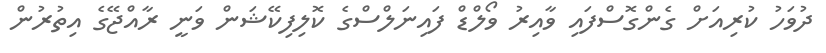
ދުވަހު ކުރިއަށް ގެންގޮސްފައި ވާއިރު ވޯލްޑް ފައިނަލްސްގެ ކޮލިފިކޭޝަން ވަނީ ރާއްޖޭގެ އިތުރުން